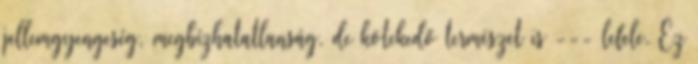
jellemgyengeség, megbízhatatlanság, de kötekedő természet is --- lefele. Ez